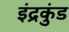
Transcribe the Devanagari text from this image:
इंद्रकुंड